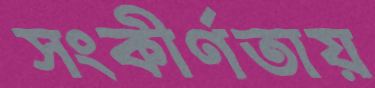
সংকীর্ণতায়